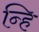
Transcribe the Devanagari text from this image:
न्हि